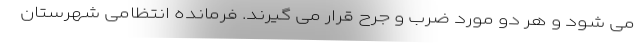
می شود و هر دو مورد ضرب و جرح قرار می گیرند. فرمانده انتظامی شهرستان